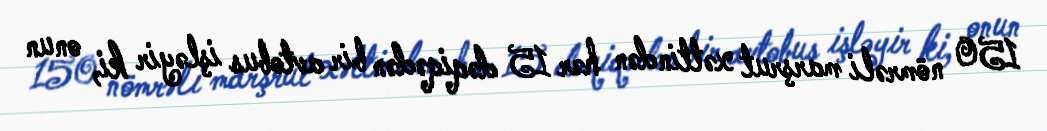
150 nömrəli marşrut xəttindən hər 15 dəqiqədən bir avtobus işləyir ki, onun